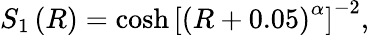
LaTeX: S_{1}\left(R\right)=\cosh\left[\left(R+0.05\right)^{\alpha}\right]^{-2},